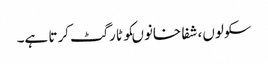
سکولوں، شفا خانوںکو ٹارگٹ کرتا ہے۔